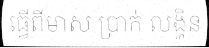
ធ្វើពីមាស ប្រាក់ លង្ហិន